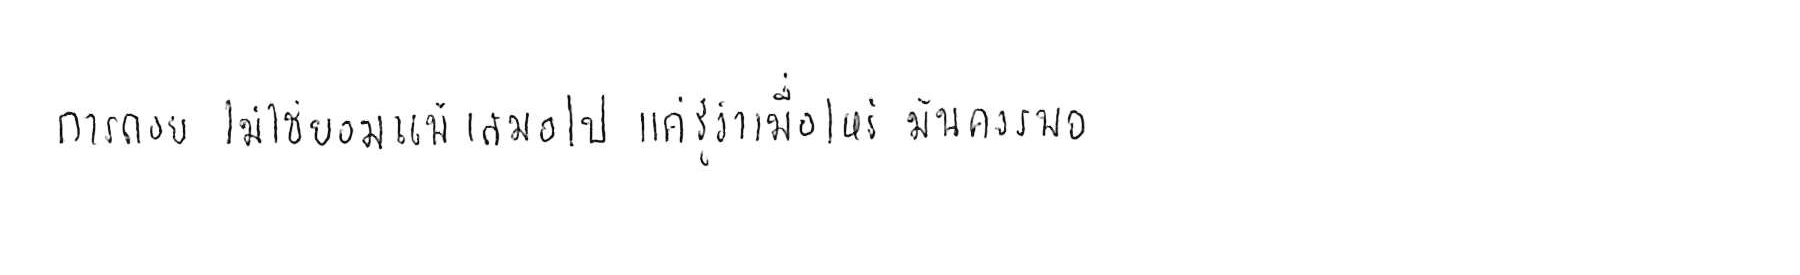
การถอย ไม่ใช่ยอมแพ้ เสมอไป แค่รู้ว่าเมื่อไหร่ มันควรพอ